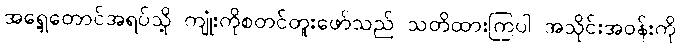
အရှေ့တောင်အရပ်သို့ ကျုံးကိုစတင်တူးဖော်သည် သတိထားကြပါ အသိုင်းအဝန်းကို